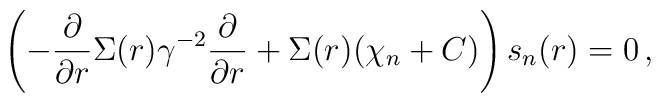
\left(- \frac{\partial}{\partial r} \Sigma(r) \gamma^{-2}\frac{\partial}{\partial r} + \Sigma(r) (\chi_n + C) \right) s_n(r) = 0 \,,